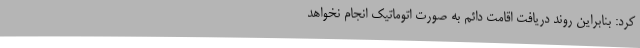
کرد: بنابراین روند دریافت اقامت دائم به صورت اتوماتیک انجام نخواهد